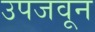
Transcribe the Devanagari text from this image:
उपजवून